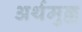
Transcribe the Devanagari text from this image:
अर्थमुल्ल